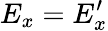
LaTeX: E_{x}=E_{x}^{\prime}